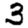
Digit: 3